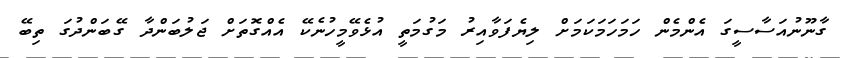
ގާނޫނުއަސާސީގަ އެންމެން ހަމަހަމަކަމަށް ލިޔެފަވާއިރު މަގުމަތީ އުޅެވޭމީހުނެކޭ އެއްގޮތަށް ޖަލުބަންދާ ގޭބަންދުގަ ތިބޭ